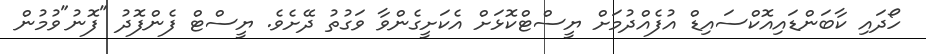
ހޯދައި ކާބަންޑައިއޮކްސައިޑް އުފެއްދުމަށް ޔީސްޓްކޮޅަށް އެކަށީގެންވާ ވަގުތު ދޭށެވެ. ޔީސްޓް ފެންފޮދު "ފޮނު"ވުމުން